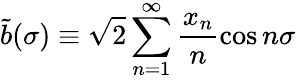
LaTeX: \tilde{b}(\sigma)\equiv\sqrt{2}\sum_{n=1}^{\infty}\frac{x_{n}}{n}\cos n\sigma